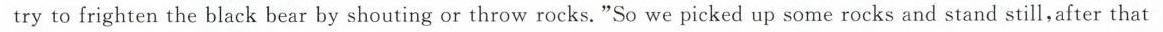
try to frighten the black bear by shouting or throw rocks."So we picked up some rocks and stand still，after that